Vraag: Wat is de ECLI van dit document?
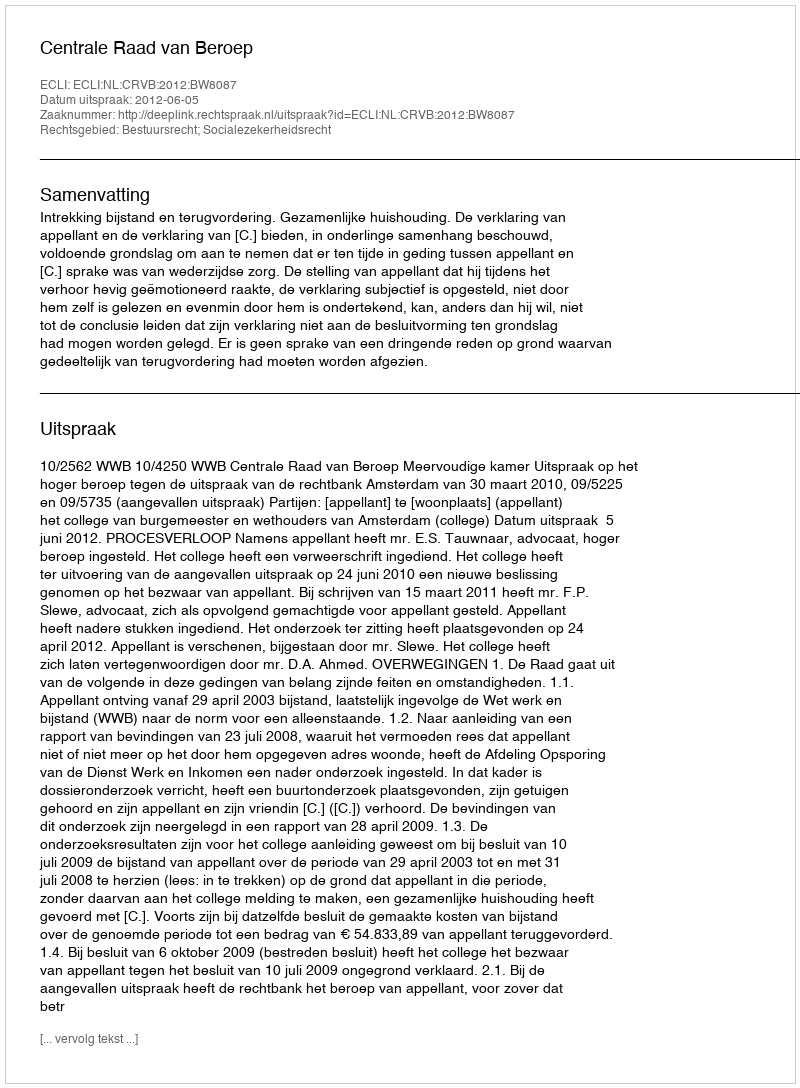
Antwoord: ECLI:NL:CRVB:2012:BW8087